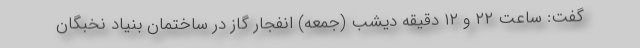
گفت: ساعت ۲۲ و ۱۲ دقیقه دیشب (جمعه) انفجار گاز در ساختمان بنیاد نخبگان